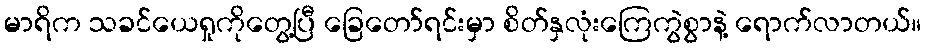
မာရိက သခင်ယေရှုကိုတွေ့ပြီ ခြေတော်ရင်းမှာ စိတ်နှလုံးကြေကွဲစွာနဲ့ ရောက်လာတယ်။